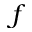
f